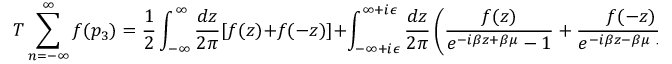
T \sum _ { n = - \infty } ^ { \infty } f ( p _ { 3 } ) = \frac { 1 } { 2 } \int _ { - \infty } ^ { \infty } \frac { d z } { 2 \pi } [ f ( z ) + f ( - z ) ] + \int _ { - \infty + i \epsilon } ^ { \infty + i \epsilon } \frac { d z } { 2 \pi } \left( \frac { f ( z ) } { e ^ { - i \beta z + \beta \mu } - 1 } + \frac { f ( - z ) } { e ^ { - i \beta z - \beta \mu } - 1 } \right) \; ,